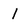
Character: 1